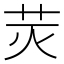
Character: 𰰬